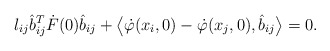
\begin{align*}l_{ij} \hat{b}_{ij}^T \dot{F}(0) \hat{b}_{ij} + \big \langle \dot{\varphi}(x_i,0) - \dot{\varphi}(x_j,0), \hat{b}_{ij} \big \rangle = 0.\end{align*}